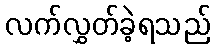
လက်လွှတ်ခဲ့ရသည်